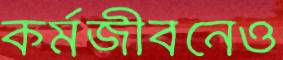
কর্মজীবনেও